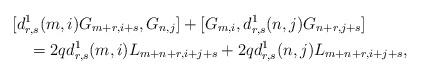
LaTeX: \begin{align*}&[d^1_{r,s}(m,i)G_{m+r,i+s},G_{n,j}]+[G_{m,i},d^1_{r,s}(n,j)G_{n+r,j+s}]\\&\quad=2qd^1_{r,s}(m,i)L_{m+n+r,i+j+s}+2qd^1_{r,s}(n,j)L_{m+n+r,i+j+s},\end{align*}